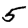
Digit: 5